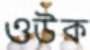
ওউক